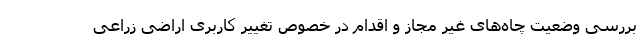
بررسی وضعیت چاه‌های غیر مجاز و اقدام در خصوص تغییر کاربری اراضی زراعی